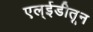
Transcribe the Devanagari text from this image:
एल्ईडीतून